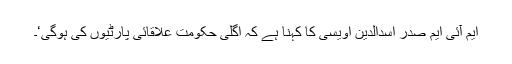
ایم آئی ایم صدر اسدالدین اویسی کا کہنا ہے کہ اگلی حکومت علاقائی پارٹیوں کی ہوگی‘۔